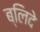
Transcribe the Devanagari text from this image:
ब्लिदे